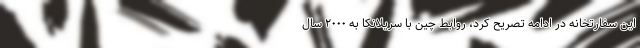
این سفارتخانه در ادامه تصریح کرد، روابط چین با سریلانکا به ۲۰۰۰ سال